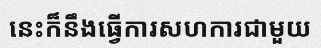
នេះក៏នឹងធ្វើការសហការជាមួយ